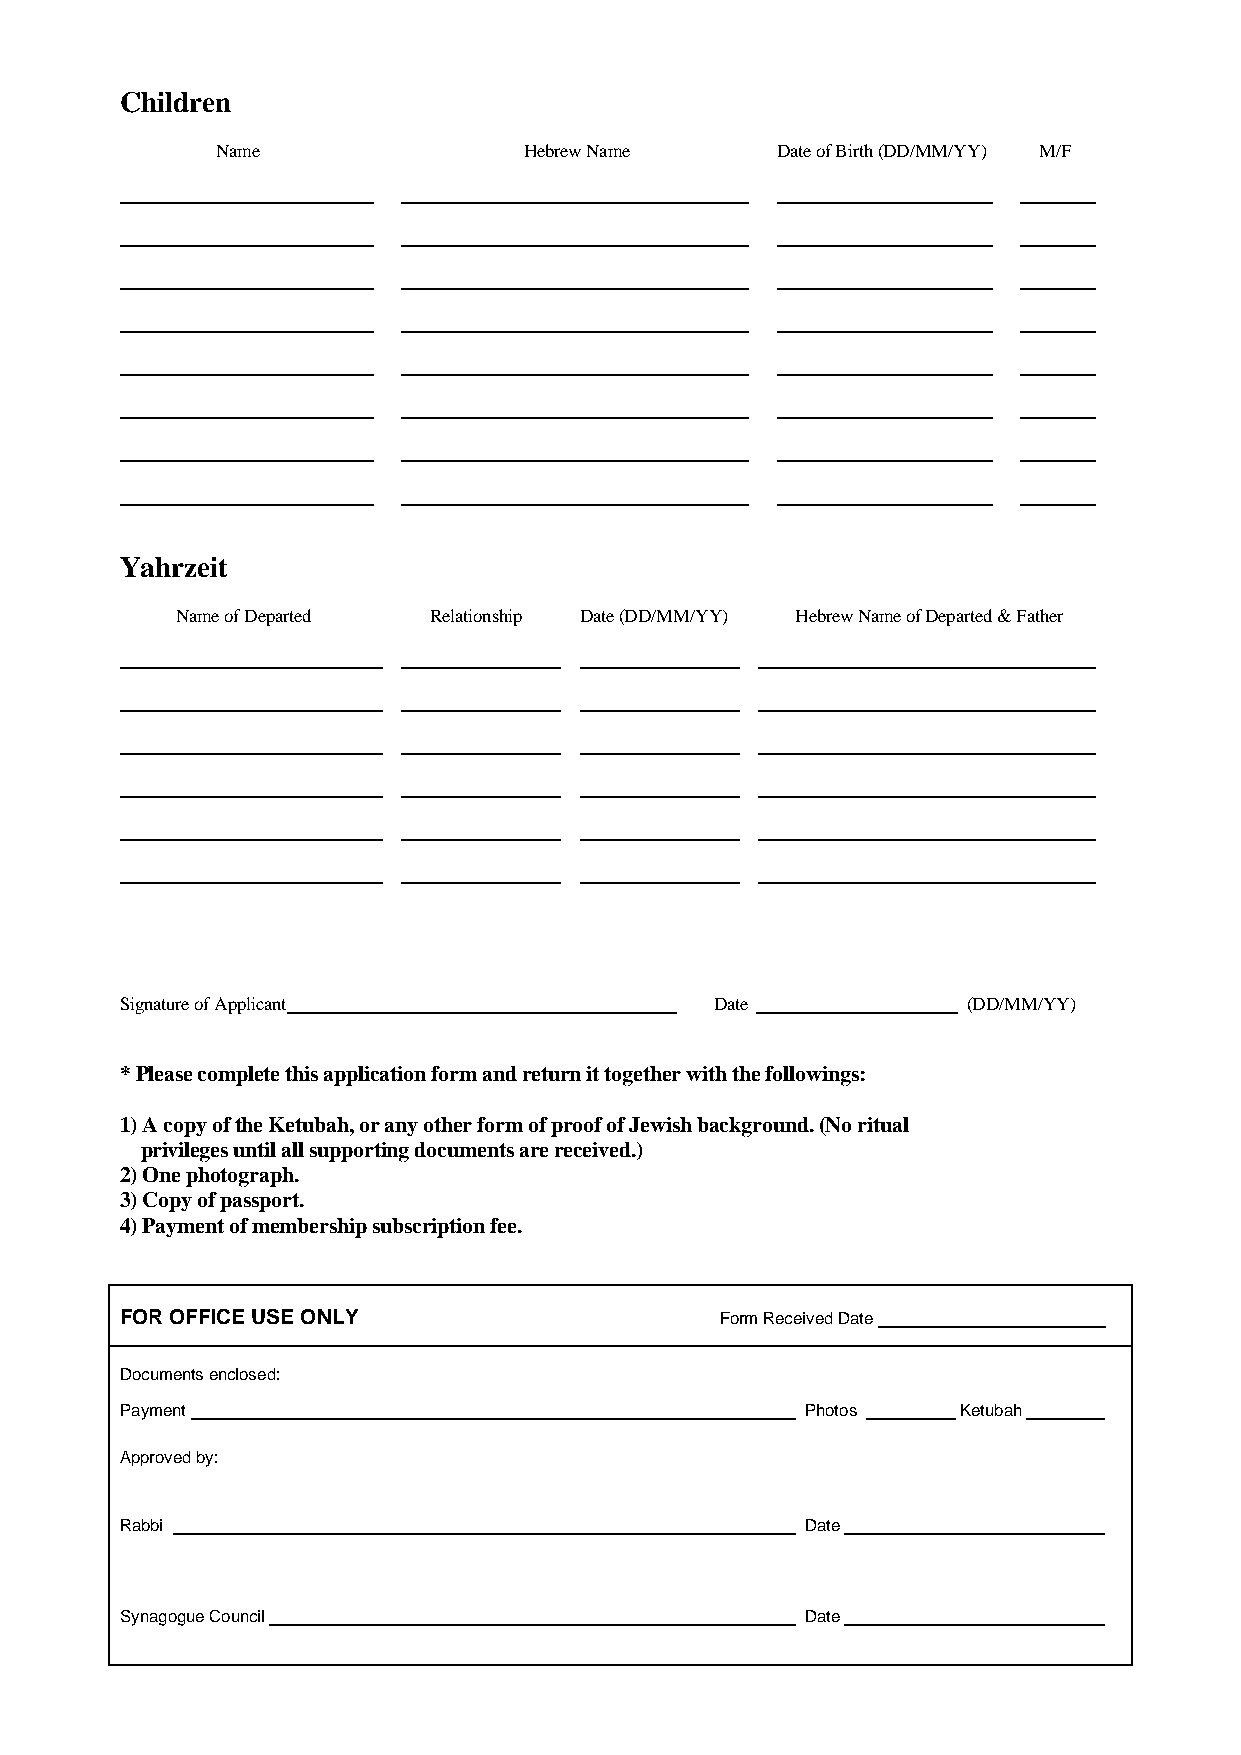
Children
 Name                 Hebrew Name     Date of Birth (DD/MM/YY) M/F
 Yahrzeit
 Name of Departed Relationship Date (DD/MM/YY) Hebrew Name of Departed & Father
 Signature of Applicant                 Date             (DD/MM/YY)
 * Please complete this application form and return it together with the followings:
 1) A copy of the Ketubah, or any other form of proof of Jewish background. (No ritual
 privileges until all supporting documents are received.)
 2) One photograph.
 3) Copy of passport.
 4) Payment of membership subscription fee.
 FOR OFFICE USE ONLY                     Form Received Date
 Documents enclosed:
 Payment                                      Photos     Ketubah
 Approved by:
 Rabbi                                        Date
 Synagogue Council                            Date